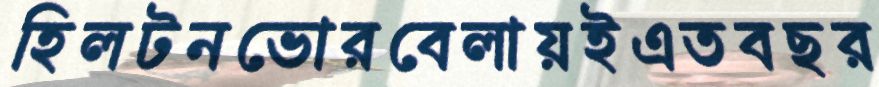
হিলটনভোরবেলায়ইএতবছর